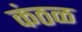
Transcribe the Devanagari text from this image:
कंठळ